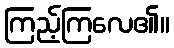
ကြည့်ကြလေ၏။